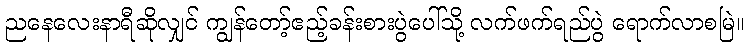
ညနေလေးနာရီဆိုလျှင် ကျွန်တော့်ဧည့်ခန်းစားပွဲပေါ်သို့ လက်ဖက်ရည်ပွဲ ရောက်လာစမြဲ။